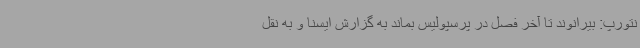
نتورپ: بیرانوند تا آخر فصل در پرسپولیس بماند به گزارش ایسنا و به نقل